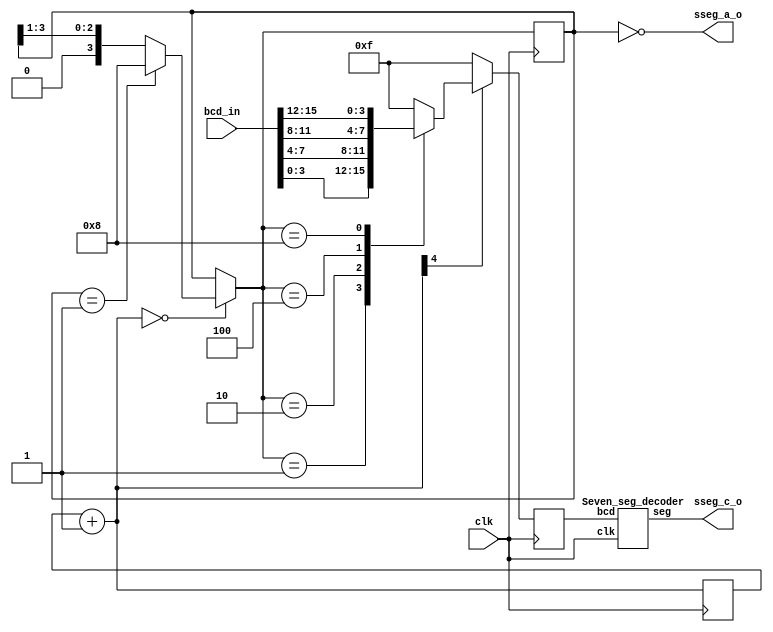
`timescale 1ns / 1ps
//////////////////////////////////////////////////////////////////////////////////
// Company: 
// Engineer: 
// 
// Design Name: 
// Module Name: driver
// Project Name: 
// Target Devices: 
// Tool Versions: 
// Description: 
// 
// Dependencies: 
// 
// Revision:
// Revision 0.01 - File Created
// Additional Comments:
// 
//////////////////////////////////////////////////////////////////////////////////


module driver(
input clk,
 input [15:0] bcd_in,
 output [3:0] sseg_a_o,
 output [6:0] sseg_c_o);

parameter g_s = 5;
parameter gt = 4;

wire [6:0] sseg_o;
reg [3:0] anode =4'b0001;
reg [3:0] bcd_seg =4'b0000;
reg [g_s-1:0] g_count =0;
wire [1:0] cnt_q;

Seven_seg_decoder uut1(.clk(clk), .bcd(bcd_seg), .seg(sseg_o)); // input clk, 4:1 mux out, output 7seg

//refresh_counter uut2(.clk(clk), .cnt_q(cnt_q));

//decoder24_behaviour uut3(.in(cnt_q), .y(sseg_a_o));

    always @(posedge clk)
    begin
    g_count =g_count+1;
        if(g_count == 0)
            begin
            if(anode == 4'b0001)
                begin
                anode = 4'b1000;
                end   
            else 
                begin
                anode = anode >>1;
                end
             end
         if(&g_count[g_s-1:gt])
            begin
            case (anode) //case statement
                4'b0001: bcd_seg = bcd_in[3:0];
                4'b0010: bcd_seg = bcd_in[7:4];
                4'b0100: bcd_seg = bcd_in[11:8];
                4'b1000: bcd_seg = bcd_in[15:12];
                default : bcd_seg = 4'b1111; 
            endcase
         end 
         
         else 
            begin
            bcd_seg = 4'b1111; 
            end 
          end


assign  sseg_a_o = ~anode;
assign  sseg_c_o = sseg_o;  
       
endmodule


//////////////////////////////////////////////////////////////


module Seven_seg_decoder(clk, bcd, seg); 
input clk; 
input [3:0] bcd; 
output reg[6:0] seg;// 
//output [3:0] an;// 
//assign an = 4'b1110;     //always block for converting bcd digit into 7 segment format    

always @(posedge clk)    
begin        
case (bcd) //case statement                   
      4'b0000: seg = 7'b0000001; 
      4'b0001: seg = 7'b1001111;  
      4'b0010: seg = 7'b0010010;
      4'b0011: seg = 7'b0000110;
      4'b0100: seg = 7'b1001100;
      4'b0101: seg = 7'b0100100;
      4'b0110: seg = 7'b1100000;
      4'b0111: seg = 7'b0001111;
      4'b1000: seg = 7'b0000000;
      4'b1001: seg = 7'b0001100;
default : seg = 7'b1111111;                     
endcase               
end                
endmodule